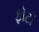
ફૉટૉ